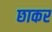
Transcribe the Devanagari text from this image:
छाकर